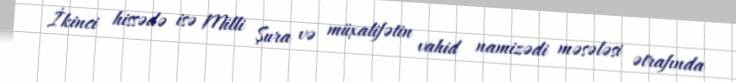
İkinci hissədə isə Milli Şura və müxalifətin vahid namizədi məsələsi ətrafında